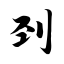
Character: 刭